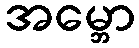
အမ္ဘော